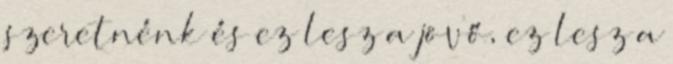
szeretnénk és ez lesz a jövő, ez lesz a